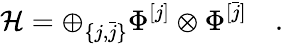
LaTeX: {\mathcal H}=\oplus_{\{ j,\bar{j}\} }\Phi^{[j]}\otimes\Phi^{[\bar{j}]}\quad.